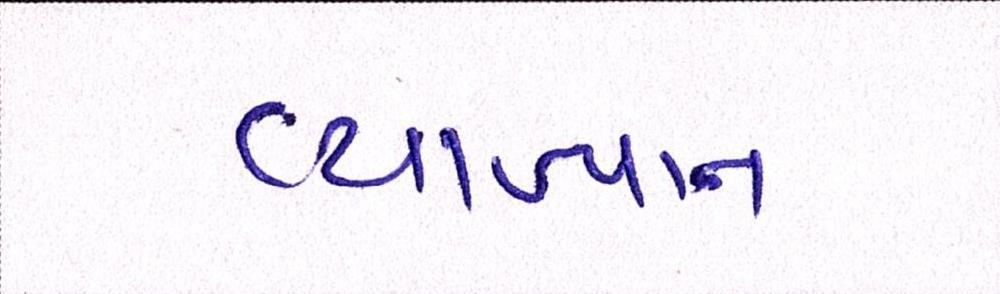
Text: વ્યાખ્યાન